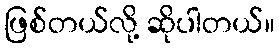
ဖြစ်တယ်လို့ ဆိုပါတယ်။